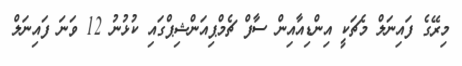
މިރޭގެ ފައިނަލް މެޗަކީ އިންޑިއާއިން ސާފް ޗެމްޕިއަންޝިޕްގައި ކުޅުނު 12 ވަނަ ފައިނަލް